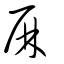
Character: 𠩵